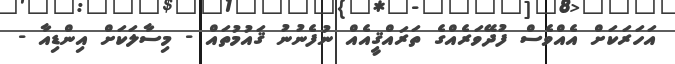
އަހަރަކަށް އެއްވެސް ފުދޭވަރެއްގެ ތަރައްޤީއެއް ނުފެނުނު ޤައުމުތައް - މިސާލަކަށް އިންޑިއާ -